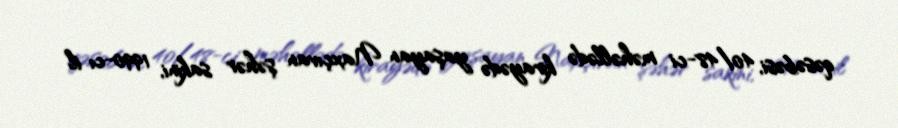
qəsəbəsi, 40/48-ci məhəllədə kirayədə yaşayan Naxçıvan şəhər sakini, 1990-cı il